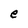
Character: e